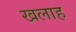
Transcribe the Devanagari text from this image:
खलाह